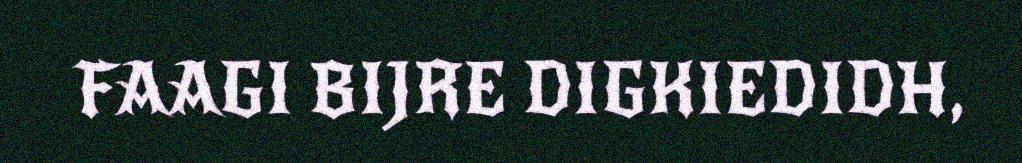
FAAGI BIJRE DIGKIEDIDH,